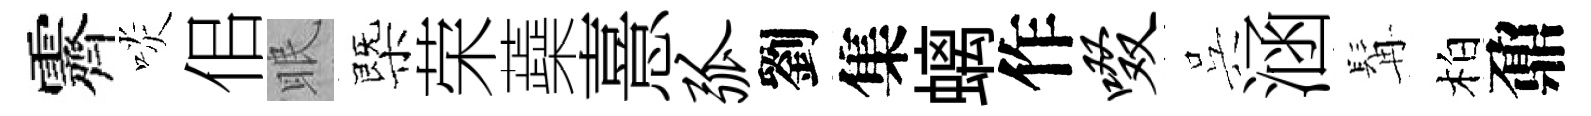
霽啖佀眠㮣荣蘃憙弧劉集螭作啜呉涵髯柏鼐